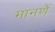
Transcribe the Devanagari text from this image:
मानणें